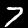
Digit: 7